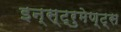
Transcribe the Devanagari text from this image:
इन्स्ट्रुमेण्ट्स